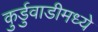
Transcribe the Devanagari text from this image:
कुर्डुवाडीमध्ये